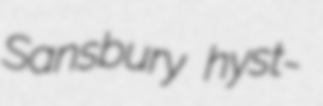
Sansbury hyst-